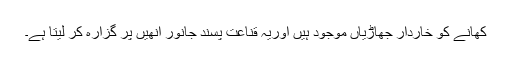
کھانے کو خاردار جھاڑیاں موجود ہیں اوریہ قناعت پسند جانور اِنھیں پر گزارہ کر لیتا ہے۔